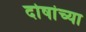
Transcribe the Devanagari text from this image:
दोषांच्या